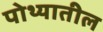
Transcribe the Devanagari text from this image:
पोथ्यातील